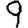
Digit: 9